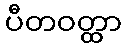
ပီတဝတ္ထာ